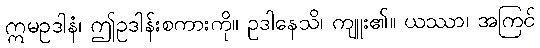
ဣမဥဒါနံ၊ ဤဥဒါန်းစကားကို။ ဥဒါနေသိ၊ ကျူး၏။ ယဿာ၊ အကြင်